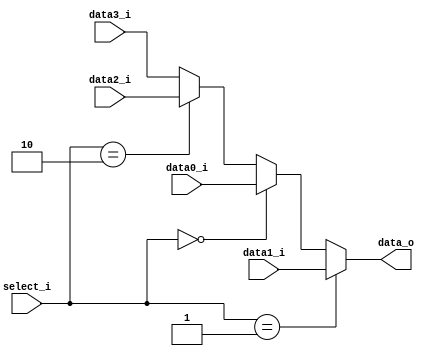
//Subject:     CO project 2 - MUX 221
//--------------------------------------------------------------------------------
//Version:     1
//--------------------------------------------------------------------------------
//Writer:      0416001  0416225 
//----------------------------------------------
//Date:        
//----------------------------------------------
//Description: 
//--------------------------------------------------------------------------------
     
module MUX_4to1(
               data0_i,
               data1_i,
               data2_i,
               data3_i,
               select_i,
               data_o
               );
parameter size = 0;			   
			
//I/O ports               
input [size-1:0]  data0_i;          
input [size-1:0]  data1_i;
input [size-1:0]  data2_i;
input [size-1:0]  data3_i;
input   [1:0]     select_i;
output [size-1:0] data_o; 

//Internal Signals
reg  [size-1:0]   data_o;

//Main function
always@(*) begin
	if(select_i == 2'b01) 
		data_o = data1_i ;
	else if(select_i == 2'b00)
		data_o = data0_i ;
  else if(select_i == 2'b10)
    data_o = data2_i;
  else 
    data_o = data3_i;
end 
endmodule